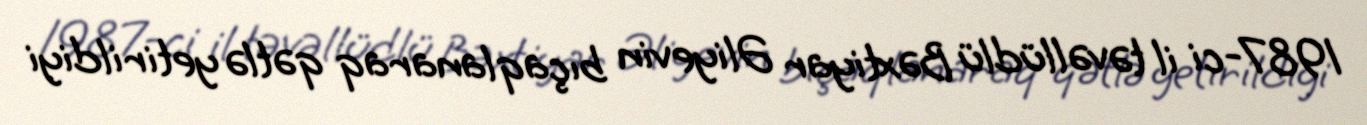
1987-ci il təvəllüdlü Bəxtiyar Əliyevin bıçaqlanaraq qətlə yetirildiyi